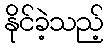
နိုင်ခဲ့သည့်